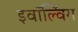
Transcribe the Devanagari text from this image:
इवॉल्विंग